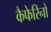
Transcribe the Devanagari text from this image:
कैफेरिनो